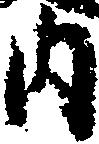
内